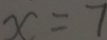
x = 7